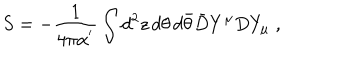
LaTeX: S = - \frac { 1 } { 4 \pi \alpha ^ { ' } } \int d ^ { 2 } z \, d \theta \, d \bar { \theta } \bar { D } Y ^ { \mu } D Y _ { \mu } \; ,